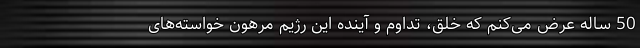
50 ساله عرض می‌کنم که خلق، تداوم و آینده این رژیم مرهون خواسته‌های